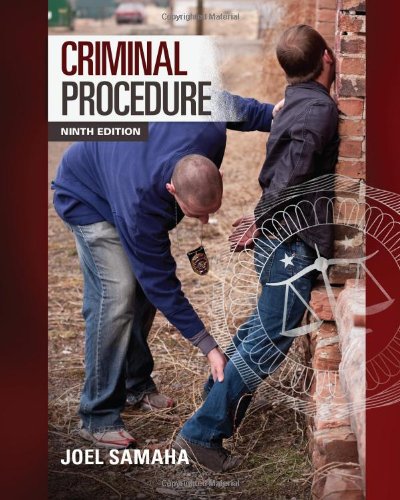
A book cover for Criminal Procedure; Joel Samaha; Education & Teaching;